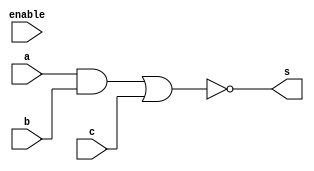
module CalculateExp(enable,s,a,b,c);
	input a,b,c, enable;
	output reg s;

	always @(enable)
		s = exp(a,b,c);

		function exp;
			input a,b,c;
			begin
				exp = (~((a&b) | c));
			end
		endfunction
endmodule